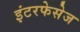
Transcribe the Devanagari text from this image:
इंटरफेसेज